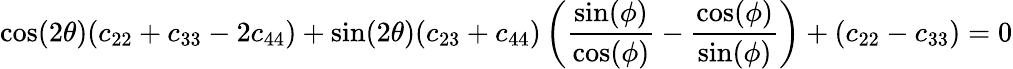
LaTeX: \textrm{cos}(2\theta)(c_{22}+c_{33}-2c_{44})+\textrm{sin}(2\theta)(c_{23}+c_{44})\left(\frac{\textrm{sin}(\phi)}{\textrm{cos}(\phi)}-\frac{\textrm{cos}(\phi)}{\textrm{sin}(\phi)}\right)+(c_{22}-c_{33})=0